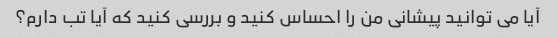
آیا می توانید پیشانی من را احساس کنید و بررسی کنید که آیا تب دارم؟